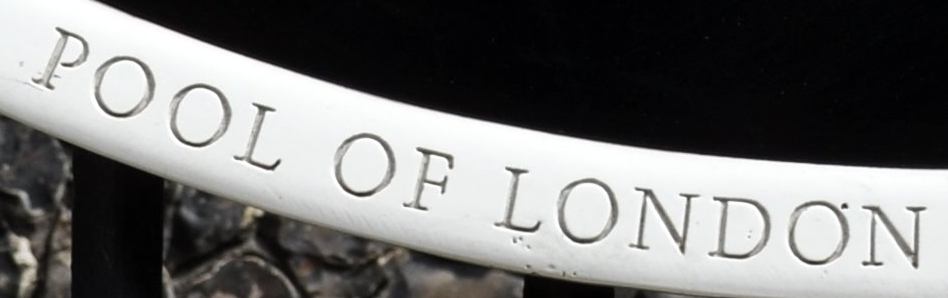
POOL OF LONDON